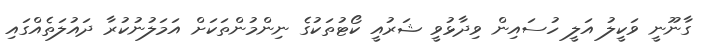
ގާނޫނީ ވަކީލު އަލީ ހުސައިން ވިދާޅުވީ ޝަރުއީ ކޯޓުތަކުގެ ނިންމުންތަކަށް އަމަލުނުކުރާ ދައުލަތެއްގައި